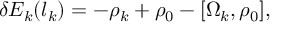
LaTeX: \delta E _ { k } ( l _ { k } ) = - \rho _ { k } + \rho _ { 0 } - [ \Omega _ { k } , \rho _ { 0 } ] ,